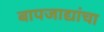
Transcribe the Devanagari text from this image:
बापजाद्यांचा